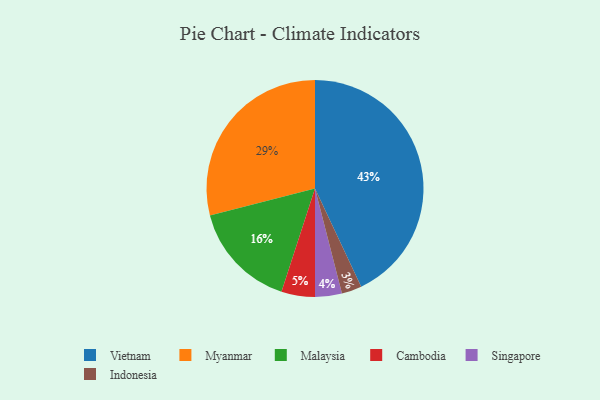
{"axis": {"x": "Category", "y": "Percentage"}, "legend": ["Cambodia", "Indonesia", "Malaysia", "Myanmar", "Singapore", "Vietnam"], "data": [{"x": "Vietnam", "y": 43, "type": "Vietnam"}, {"x": "Malaysia", "y": 16, "type": "Malaysia"}, {"x": "Indonesia", "y": 3, "type": "Indonesia"}, {"x": "Myanmar", "y": 29, "type": "Myanmar"}, {"x": "Cambodia", "y": 5, "type": "Cambodia"}, {"x": "Singapore", "y": 4, "type": "Singapore"}]}